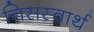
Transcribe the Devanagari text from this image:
निसस्वार्थ